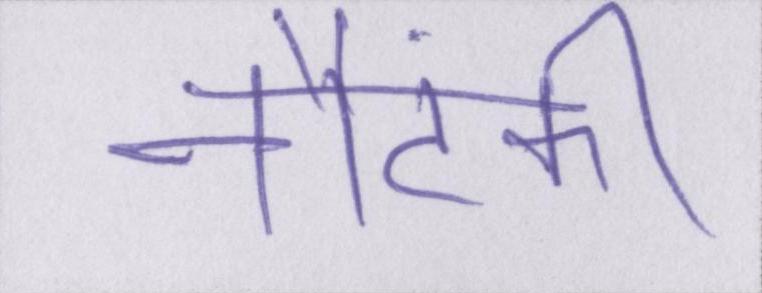
नौटंकी